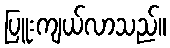
ပြူးကျယ်လာသည်။